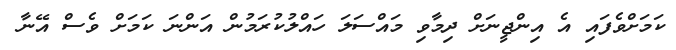
ކަމަށްވެފައި އެ އިންޖީނަށް ދިމާވި މައްސަލަ ހައްލުކުރަމުން އަންނަ ކަމަށް ވެސް އޭނާ